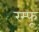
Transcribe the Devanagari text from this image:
रम्फू